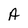
Character: A